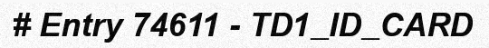
# Entry 74611 - TD1_ID_CARD